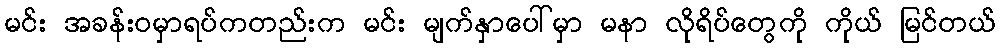
မင်း အခန်းဝမှာရပ်ကတည်းက မင်း မျက်နှာပေါ်မှာ မနာ လိုရိပ်တွေကို ကိုယ် မြင်တယ်